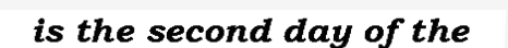
is the second day of the